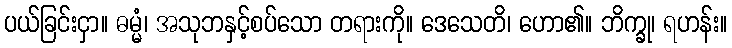
ပယ်ခြင်းငှာ။ ဓမ္မံ၊ အသုဘနှင့်စပ်သော တရားကို။ ဒေသေတိ၊ ဟော၏။ ဘိက္ခု၊ ရဟန်း။